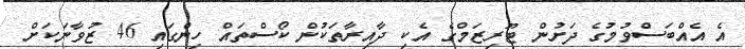
އެ އެއްބަސްވުމުގެ ދަށުން ޓޫރިޒަމްގެ އެކި ދާއިރާތަކުން ކޯސްތައް ހިންގައި 46 ޒުވާނަކަށް